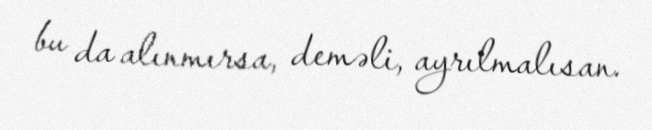
bu da alınmırsa, deməli, ayrılmalısan.